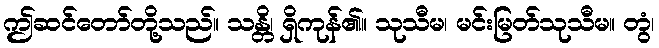
ဤဆင်တော်တို့သည်။ သန္တိ၊ ရှိကုန်၏။ သုသီမ၊ မင်းမြတ်သုသီမ။ တွံ၊